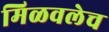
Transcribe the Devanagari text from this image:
मिळवलेच